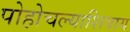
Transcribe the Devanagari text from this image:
पोहोचल्याशिवाय